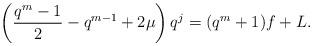
LaTeX: \begin{align*}\left(\frac{q^m-1}{2}-q^{m-1}+2\mu \right)q^j=(q^m+1)f+L.\end{align*}